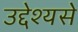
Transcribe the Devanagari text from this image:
उद्देश्यसे